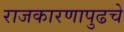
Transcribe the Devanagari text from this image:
राजकारणापुढचे